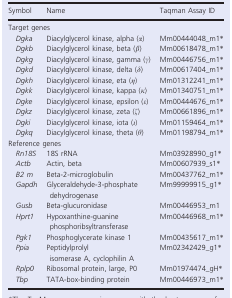
| Symbol | Name | Taqman Assay ID |
 | --- | --- | --- |
 | <COLSPAN=3> Target genes |
 | Dgka | Diacylglycerol kinase, alpha (α) | Mm00444048_m1* |
 | Dgkb | Diacylglycerol kinase, beta (β) | Mm00618478_m1* |
 | Dgkg | Diacylglycerol kinase, gamma (γ) | Mm00446756_m1* |
 | Dgkd | Diacylglycerol kinase, delta (δ) | Mm00617404_m1* |
 | Dgkh | Diacylglycerol kinase, eta (η) | Mm01312241_m1* |
 | Dgkk | Diacylglycerol kinase, kappa (κ) | Mm01340751_m1* |
 | Dgke | Diacylglycerol kinase, epsilon (ε) | Mm00444676_m1* |
 | Dgkz | Diacylglycerol kinase, zeta (ζ) | Mm00661896_m1* |
 | Dgki | Diacylglycerol kinase, iota (ι) | Mm01159464_m1* |
 | Dgkq | Diacylglycerol kinase, theta (θ) | Mm01198794_m1* |
 | <COLSPAN=3> Reference genes |
 | Rn18S | 18S rRNA | Mm03928990_g1* |
 | Actb | Actin, beta | Mm00607939_s1* |
 | B2 m | Beta-2-microglobulin | Mm00437762_m1* |
 | Gapdh | Glyceraldehyde-3-phosphate dehydrogenase | Mm99999915_g1* |
 | Gusb | Beta-glucuronidase | Mm00446953_m1 |
 | Hprt1 | Hypoxanthine-guanine phosphoribsyltransferase | Mm00446968_m1* |
 | Pgk1 | Phosphoglycerate kinase 1 | Mm00435617_m1* |
 | Ppia | Peptidylprolyl isomerase A, cyclophilin A | Mm02342429_g1* |
 | Rplp0 | Ribosomal protein, large, P0 | Mm01974474_gH* |
 | Tbp | TATA-box-binding protein | Mm00446973_m1* |